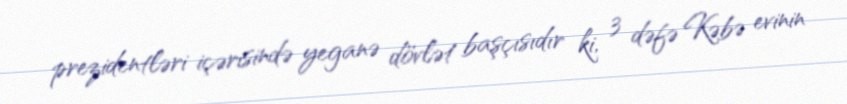
prezidentləri içərisində yeganə dövlət başçısıdır ki, 3 dəfə Kəbə evinin